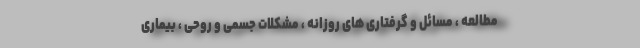
مطالعه ، مسائل و گرفتاری های روزانه ، مشکلات جسمی و روحی ، بیماری